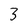
Character: 3